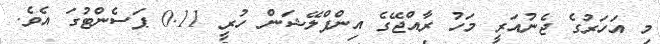
މި އަހަރުގެ ޖެނުއަރީ މަހު ރާއްޖޭގެ އިންފްލޭޝަން ހުރީ 0.11 ޕަސެންޓުގަ އެވެ.